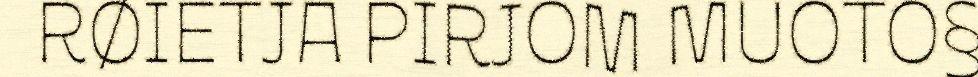
RØIETJA PIRJOM MUOTO§